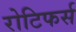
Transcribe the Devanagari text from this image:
रोटिफर्स